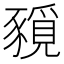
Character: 𧱻